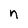
Character: n